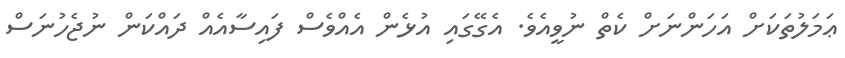
ޢަމަލުތަކަށް އަހަންނަށް ކެތް ނުވީއެވެ. އެގޭގައި އުޅެން އެއްވެސް ފައިސާއެއް ދައްކަން ނުޖެހުނަސް